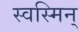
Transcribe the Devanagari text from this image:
स्वस्मिन्